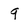
Character: 9